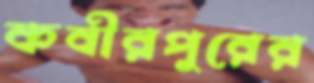
কবীরপুরের